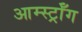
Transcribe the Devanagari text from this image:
आर्म्स्ट्राँग